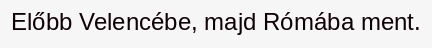
Előbb Velencébe, majd Rómába ment.